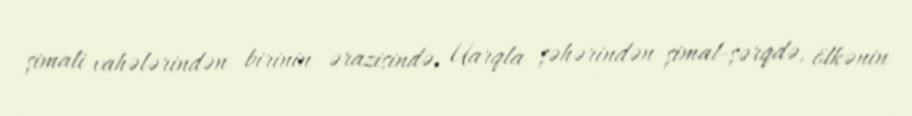
şimali vahələrindən birinin ərazisində, Uarqla şəhərindən şimal-şərqdə, ölkənin